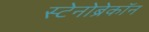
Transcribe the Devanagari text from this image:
स्टेनोब्रेकॉन